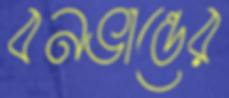
বনভান্তের